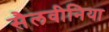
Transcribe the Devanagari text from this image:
सैलवीनिया